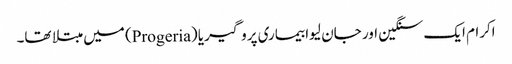
اکرام ایک سنگین اور جان لیوا بیماری پروگیریا (Progeria) میں مبتلا تھا۔